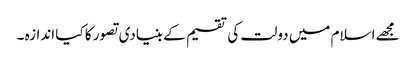
مجھے اسلام میں دولت کی تقسیم کے بنیادی تصور کا کیا اندازہ ۔